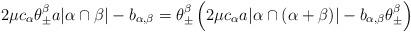
LaTeX: \begin{align*}2\mu c_\alpha \theta^\beta_\pm a |\alpha \cap \beta| - b_{\alpha, \beta} = \theta^\beta_\pm \left(2 \mu c_\alpha a | \alpha \cap (\alpha + \beta)| - b_{\alpha, \beta}\theta^\beta_\pm \right)\end{align*}